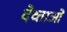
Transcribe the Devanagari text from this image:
देव्ताओं